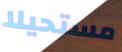
مستحيلا